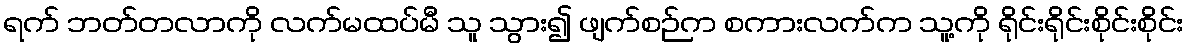
ရက် ဘတ်တလာကို လက်မထပ်မီ သူ သွား၍ ဖျက်စဉ်က စကားလက်က သူ့ကို ရိုင်းရိုင်းစိုင်းစိုင်း